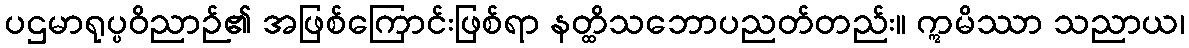
ပဌမာရုပ္ပဝိညာဉ်၏ အဖြစ်ကြောင်းဖြစ်ရာ နတ္ထိသဘောပညတ်တည်း။ ဣမိဿာ သညာယ၊